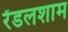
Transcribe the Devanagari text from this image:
रेंडलशाम